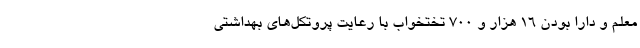
معلم و دارا بودن 16 هزار و 700 تختخواب با رعایت پروتکل‌های بهداشتی